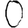
Digit: 0